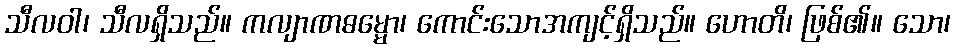
သီလဝါ၊ သီလရှိသည်။ ကလျာဏဓမ္မော၊ ကောင်းသောအကျင့်ရှိသည်။ ဟောတိ၊ ဖြစ်၏။ သော၊